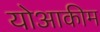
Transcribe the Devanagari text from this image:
योआकीम